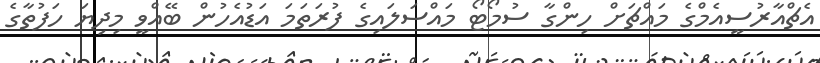
އެޗްއާރުސީއެމްގެ މައްޗަށް ހިންގާ ސުމޯޓޯ މައްސަލައިގެ ފުރަތަމަ އަޑުއެހުން ބޭއްވީ މިދިޔަ ހަފުތާގެ